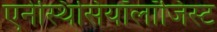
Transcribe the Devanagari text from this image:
एनेस्थिसियॉलॉजिस्ट